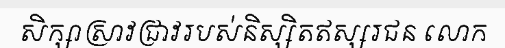
សិក្សាស្រាវជ្រាវរបស់និស្សិតឥស្សរជន លោក